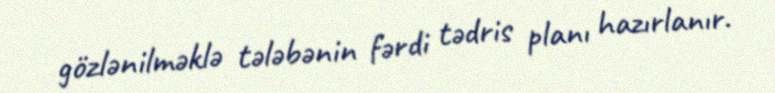
gözlənilməklə tələbənin fərdi tədris planı hazırlanır.